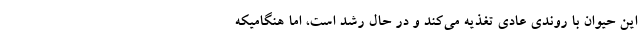
این حیوان با روندی عادی تغذیه می‌کند و در حال رشد است، اما هنگامیکه